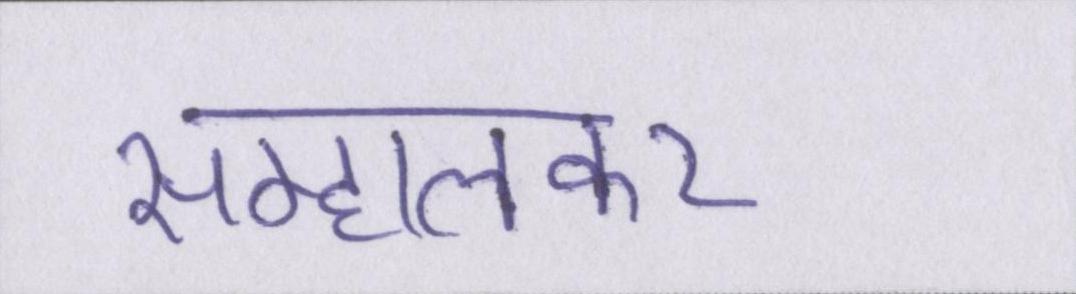
सम्हालकर